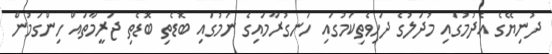
ދުނިޔޭގެ އެދުމުގައި މުދަލުގެ ދަހިވެތިކަމުގައި ހަނގުރާމައިގެ ނަމުގައި ބޮޑެތި ބޮޑެތި ޖަރީމާތައް ހިންގަމުން